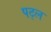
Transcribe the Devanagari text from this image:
पट्ल